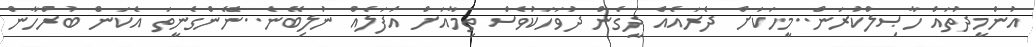
އުންމީދުތައް ހާޞިލްކުރަން..މީހަކަށް ދެރައެއް ދީގެން ދުވަހަކުވެސް ތިމާއަށް އުފަލެއް ނުލިބޭނެ..ނޭންގެނީތަ އެކަން ބުރްހާން